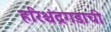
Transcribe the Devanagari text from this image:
हरिश्चंद्रगडाची